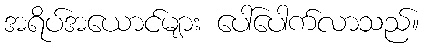
အရိပ်အယောင်များ ပေါ်ပေါက်လာသည်။